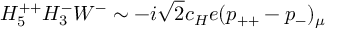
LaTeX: H _ { 5 } ^ { + + } H _ { 3 } ^ { - } W ^ { - } \sim - i \sqrt { 2 } c _ { H } e ( p _ { + + } - p _ { - } ) _ { \mu }